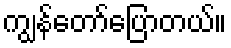
ကျွန်တော်ပြောတယ်။